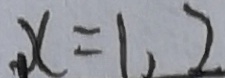
x = 1 , 2